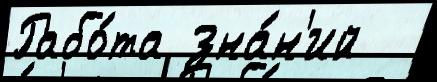
Рабо́та зна́н'ий